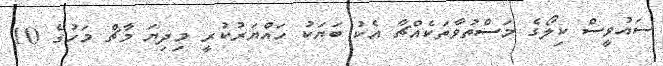
ސައުވީސް ކިލޯގެ މަސްތުވާތަކެއްޗާ އެކު ބަޔަކު ހައްޔަރުކުރީ މިދިޔަ މާޗް މަހުގެ 10